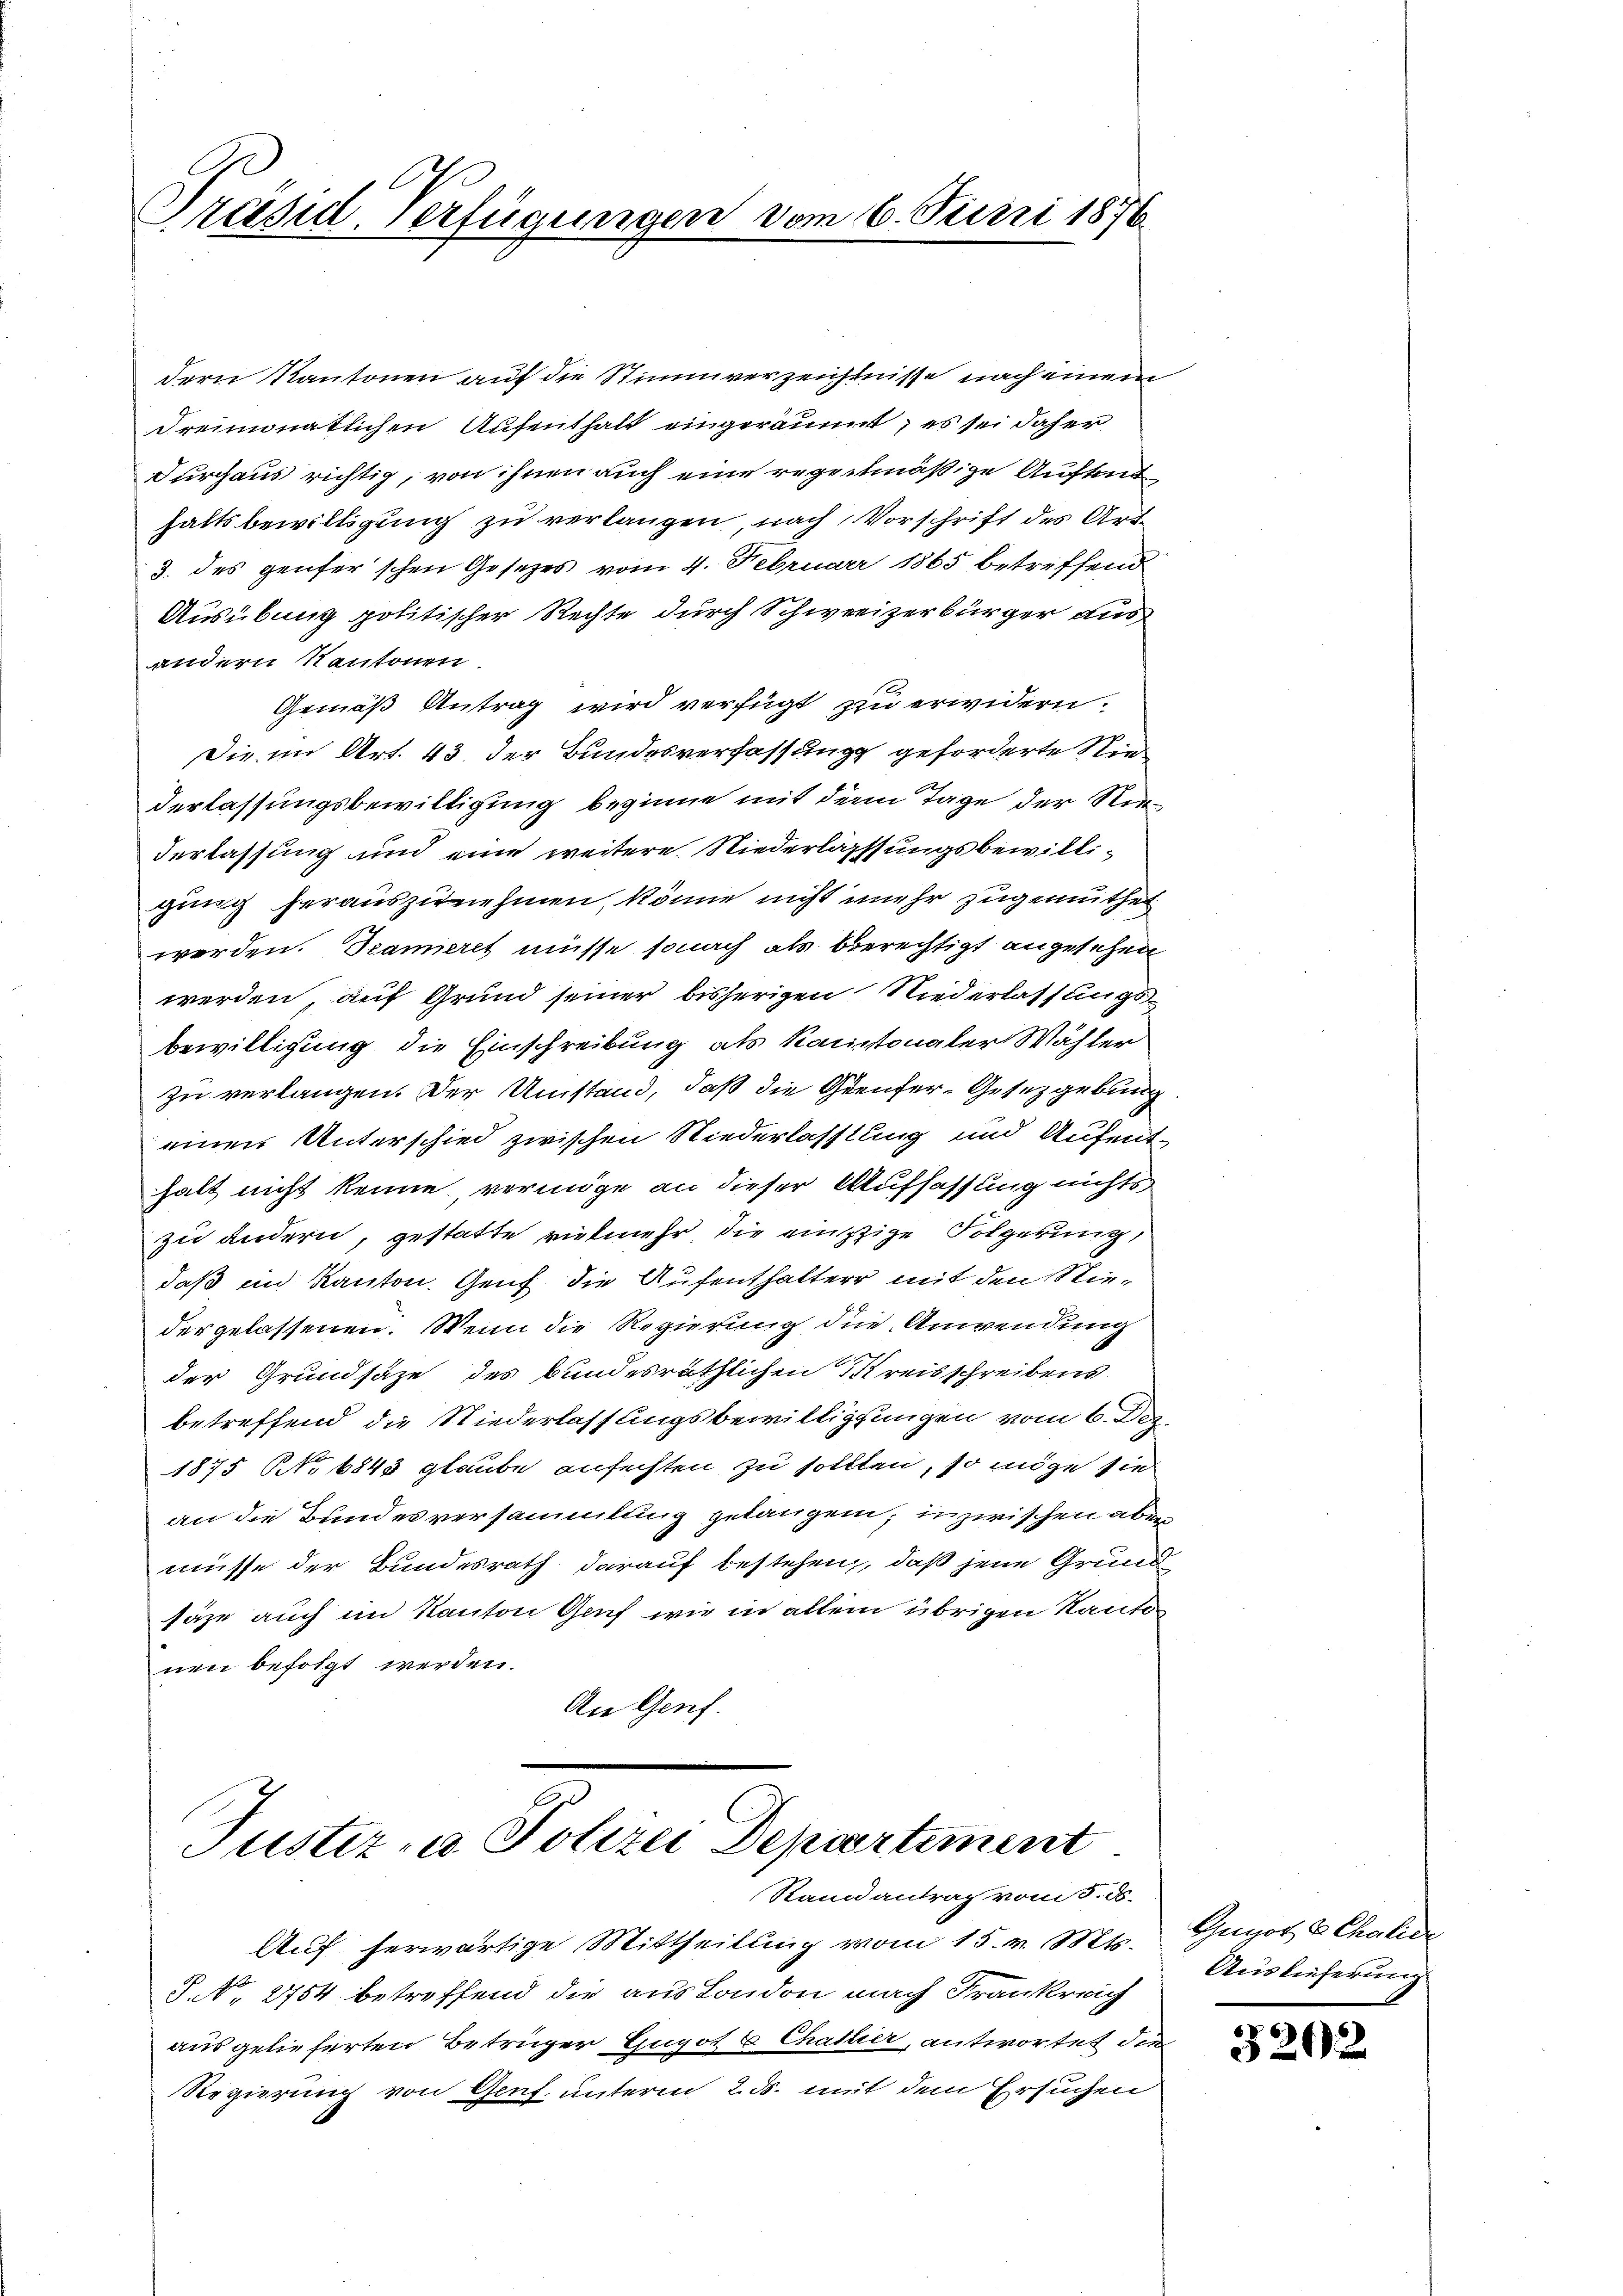
Präsid. Verfügungen vom 16. Juni 1876

dern Kantonen auf die Stimmverzeichtnisse nach einem
dreimonatlichen Aufenthalt eingeräumt; es sei daher
durchaus richtig, von ihnen auch eine repeitmäßige Auftr
haltsbewilligung zu verlangen nach Vorschrift des Art
3. des Genfer’schen Gesetzes vom 4. Februar 1865 betreffend
Ausübung politischer Rechte durch Schweizerbürger aus
andern Kantonen.
Gemäß Antrag wird verfügt zu erwidern.
Die im Art. 43 der Bundesverfassung geforderte Niederlassungsbewilligung beginne mit dem Tage der Nie¬
Verlassung und eine weitere Niederlassungsbewilligung herauszunehmen, könne nicht mehr zugemuthen
werden. Jeanneret müsse sonach als berechtigt angesehen
werden, auf Grund seiner bisherigen Niederlassungsbewilligung die Einschreibung als Kantonaler Wähler
zu verlangen. Der Umstand, daß die Genfer-Gesetzgebung
einen Unterschied zwischen Niederlassung und Aufenthalt nicht kenne vermöge an dieser Auffassung nichtszu andern, gestatte vielmehr, die nützige Folgerung
daß in Kanton. Genf die Aufenthalter mit den Niedergelassenen. Wenn die Regierung die Anwendung
der Grundsätze des bundesräthlichen Kreisschreibens
betreffend die Niederlassungsbewilligungen vom 6. Dez.
1875 NNo. 1843 glaube anfechten zu sollten, so möge sie
an die Bundesversammlung gelangen; inzwischen aber
müsse der Bundesrath darauf bestehen, daß jene Grund
säge auch im Kanton Genf wie in allem übrigen Kanton
nen befolgt werden.
An Genf.

Justiz- u. Polizei Departement
Randantrag vom 5. ds.

Auf herwärtige Mittheilung vom 15. v. Mts.
P No 2754 betreffend die aus London nach Frankreich
ausgelieferten Betrüger Gugot 6 Challier, antwortet die
Regierung von Genf. unterm 2. ds. mit dem Ersuchen

Gugot CChalide
Auslieferung

320